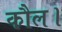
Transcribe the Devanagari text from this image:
कौल।